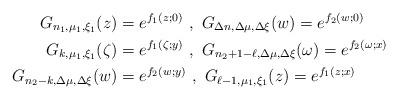
LaTeX: \begin{align*}G_{n_1,\mu_1,\xi_1}(z)&=e^{f_1(z;0)}\,\,,\,\,G_{\Delta n,\Delta\mu,\Delta\xi}(w)=e^{f_2(w;0)}\\G_{k,\mu_1,\xi_1}(\zeta)&=e^{f_1(\zeta;y)}\,\,,\,\,G_{n_2+1-\ell,\Delta\mu,\Delta\xi}(\omega)=e^{f_2(\omega;x)}\\G_{n_2-k,\Delta\mu,\Delta\xi}(w)&=e^{f_2(w;y)}\,\,,\,\,G_{\ell-1,\mu_1,\xi_1}(z)=e^{f_1(z;x)}\end{align*}